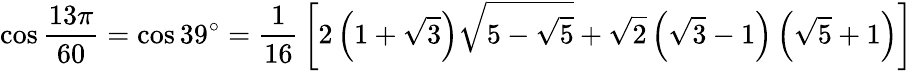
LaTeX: \cos{\frac{13\pi}{60}}=\cos 39^{\circ}={\frac{1}{16}}\left[2\left(1+{\sqrt{3}}\right){\sqrt{5-{\sqrt{5}}}}+{\sqrt{2}}\left({\sqrt{3}}-1\right)\left({\sqrt{5}}+1\right)\right]